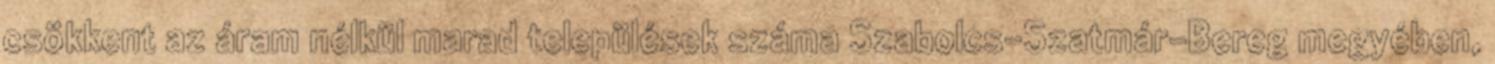
csökkent az áram nélkül marad települések száma Szabolcs-Szatmár-Bereg megyében,